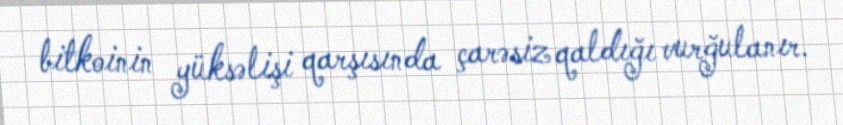
bitkoinin yüksəlişi qarşısında çarəsiz qaldığı vurğulanır.